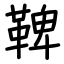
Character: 鞞